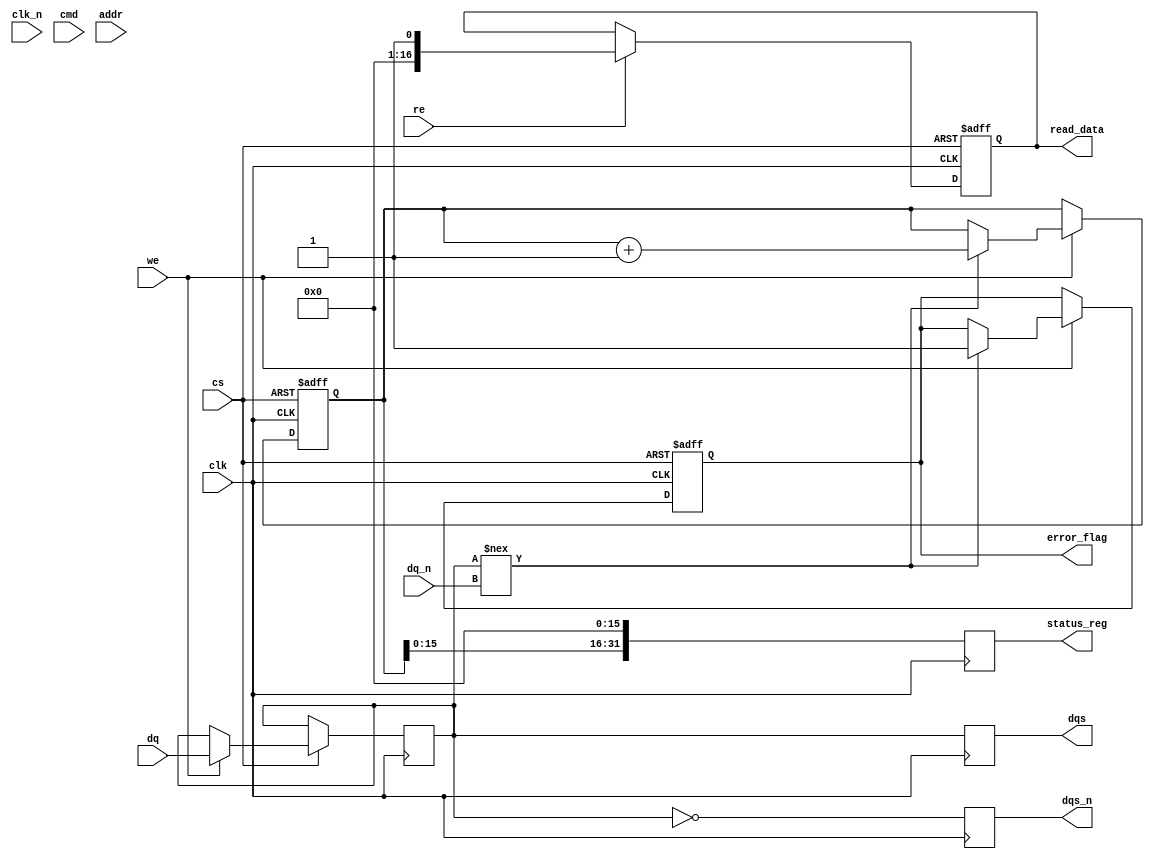
module gddr6_io_block #(
    parameter DATA_WIDTH = 64,  // Data width: 16, 32, or 64 bits
    parameter CLK_FREQ = 1600,   // Clock frequency in MHz (1.6 GHz)
    parameter VDD = 1.35,         // Supply voltage
    parameter VIO = 0.6           // I/O voltage
)(
    input wire clk,               // Differential clock
    input wire clk_n,             // Inverted differential clock
    input wire [DATA_WIDTH-1:0] dq, // Data signals
    input wire [DATA_WIDTH-1:0] dq_n, // Inverted data signals
    input wire cmd,               // Command signal
    input wire [31:0] addr,       // Address signal
    input wire cs,                // Chip Select
    input wire we,                // Write Enable
    input wire re,                // Read Enable
    output wire [DATA_WIDTH-1:0] dqs, // Data Strobe
    output wire [DATA_WIDTH-1:0] dqs_n, // Inverted Data Strobe
    output reg [DATA_WIDTH-1:0] read_data, // Read data output
    output reg error_flag,        // Error detection flag
    output reg [31:0] status_reg  // Status register
);

    // Internal signals
    reg [DATA_WIDTH-1:0] write_data;
    reg [DATA_WIDTH-1:0] data_buffer;
    reg [31:0] error_count;

    // Clock/Data Recovery (CDR) logic
    always @(posedge clk or negedge cs) begin
        if (!cs) begin
            // Reset logic
            read_data <= 0;
            error_flag <= 0;
            error_count <= 0;
        end else begin
            // Data sampling logic (simplified)
            if (we) begin
                write_data <= dq; // Capture data on write
                // Simulate data integrity check
                if (write_data !== dq_n) begin
                    error_flag <= 1; // Error detected
                    error_count <= error_count + 1;
                end
            end
            if (re) begin
                read_data <= data_buffer; // Output read data
            end
        end
    end

    // Data Strobe Generation (simplified)
    always @(posedge clk) begin
        dqs <= write_data; // Simple data strobe generation
        dqs_n <= ~write_data; // Inverted data strobe
    end

    // Status Register Update
    always @(posedge clk) begin
        status_reg <= {error_count, 16'b0}; // Example status register
    end

    // Power Management (basic implementation)
    // Implement power-saving modes and DVFS as needed

endmodule